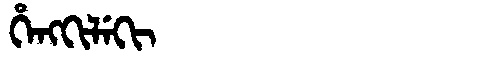
Manchu: ᡥᡝᠩᡴᡳᠯᡝᡴᡳ
Romanization: HENGKILEKI